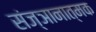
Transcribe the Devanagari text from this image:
संज्ञानात्‍मक